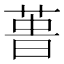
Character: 𰱢